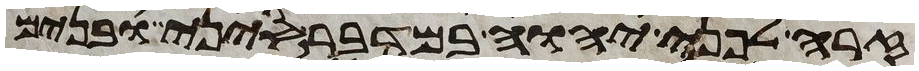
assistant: זרה לפני יהוה במדבר סיני ובנים